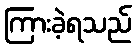
ကြားခဲ့ရသည်